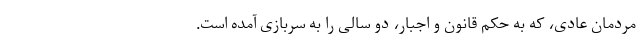
مردمان عادی، که به حکم قانون و اجبار، دو سالی را به سربازی آمده است.